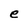
Character: e